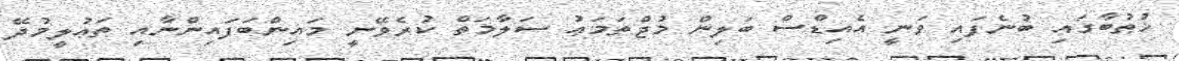
ޚުޠުބާގައި ބުނެފައި ވަނީ އެއިޑްސް ބަލިން މުޖްތަމަޢު ސަލާމަތް ކުރެވޭނީ މައިންބަފައިންނާއި ތަޢުލީމުދޭ